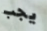
يجب